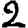
Digit: 2